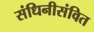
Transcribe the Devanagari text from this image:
संधिनीसंवित